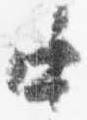
中